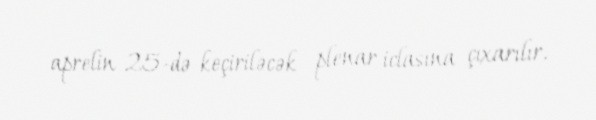
aprelin 25-də keçiriləcək plenar iclasına çıxarılır.